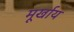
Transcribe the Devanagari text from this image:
मूर्खाय